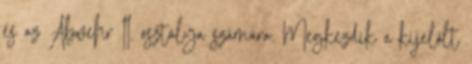
és az Abwehr II. osztálya számára. Megkezdik a kijelölt